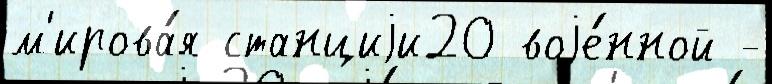
м'ирова́я станциjи20 воjе́нной -